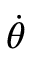
\boldsymbol { \dot { \theta } }